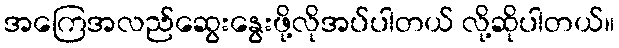
အကြေအလည်ဆွေးနွေးဖို့လိုအပ်ပါတယ် လို့ဆိုပါတယ်။